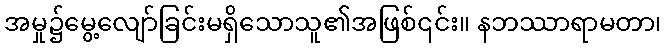
အမှု၌မွေ့လျော်ခြင်းမရှိသောသူ၏အဖြစ်၎င်း။ နဘဿာရာမတာ၊